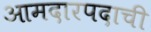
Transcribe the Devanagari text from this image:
आमदारपदाची